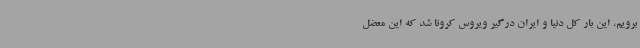
برویم، این‌ بار کل دنیا و ایران درگیر ویروس کرونا شد که این معضل